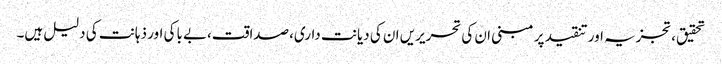
تحقیق،تجزیہ اور تنقید پر مبنی ان کی تحریریں ان کی دیانت داری،صداقت،بے باکی اور ذہانت کی دلیل ہیں۔